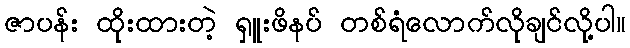
ဇာပန်း ထိုးထားတဲ့ ရှူးဖိနပ် တစ်ရံလောက်လိုချင်လို့ပါ။